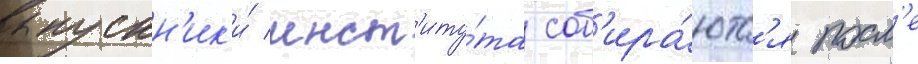
выпускн'ик'и́ инст'иту́та соб'ира́ютс'я посл'е